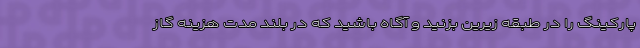
پارکینگ را در طبقه زیرین بزنید و آگاه باشید که در بلند مدت هزینه گاز